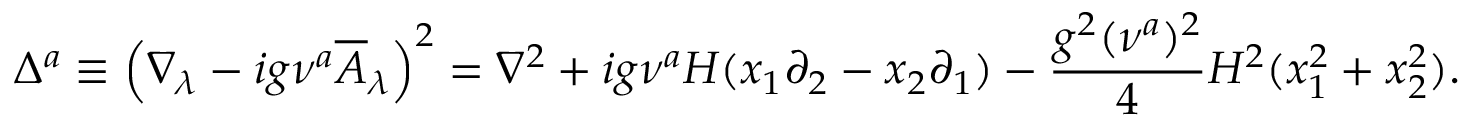
\Delta ^ { a } \equiv \left( \nabla _ { \lambda } - i g \nu ^ { a } \overline { { { A } } } _ { \lambda } \right) ^ { 2 } = \nabla ^ { 2 } + i g \nu ^ { a } H ( x _ { 1 } \partial _ { 2 } - x _ { 2 } \partial _ { 1 } ) - { \frac { g ^ { 2 } ( \nu ^ { a } ) ^ { 2 } } { 4 } } H ^ { 2 } ( x _ { 1 } ^ { 2 } + x _ { 2 } ^ { 2 } ) .